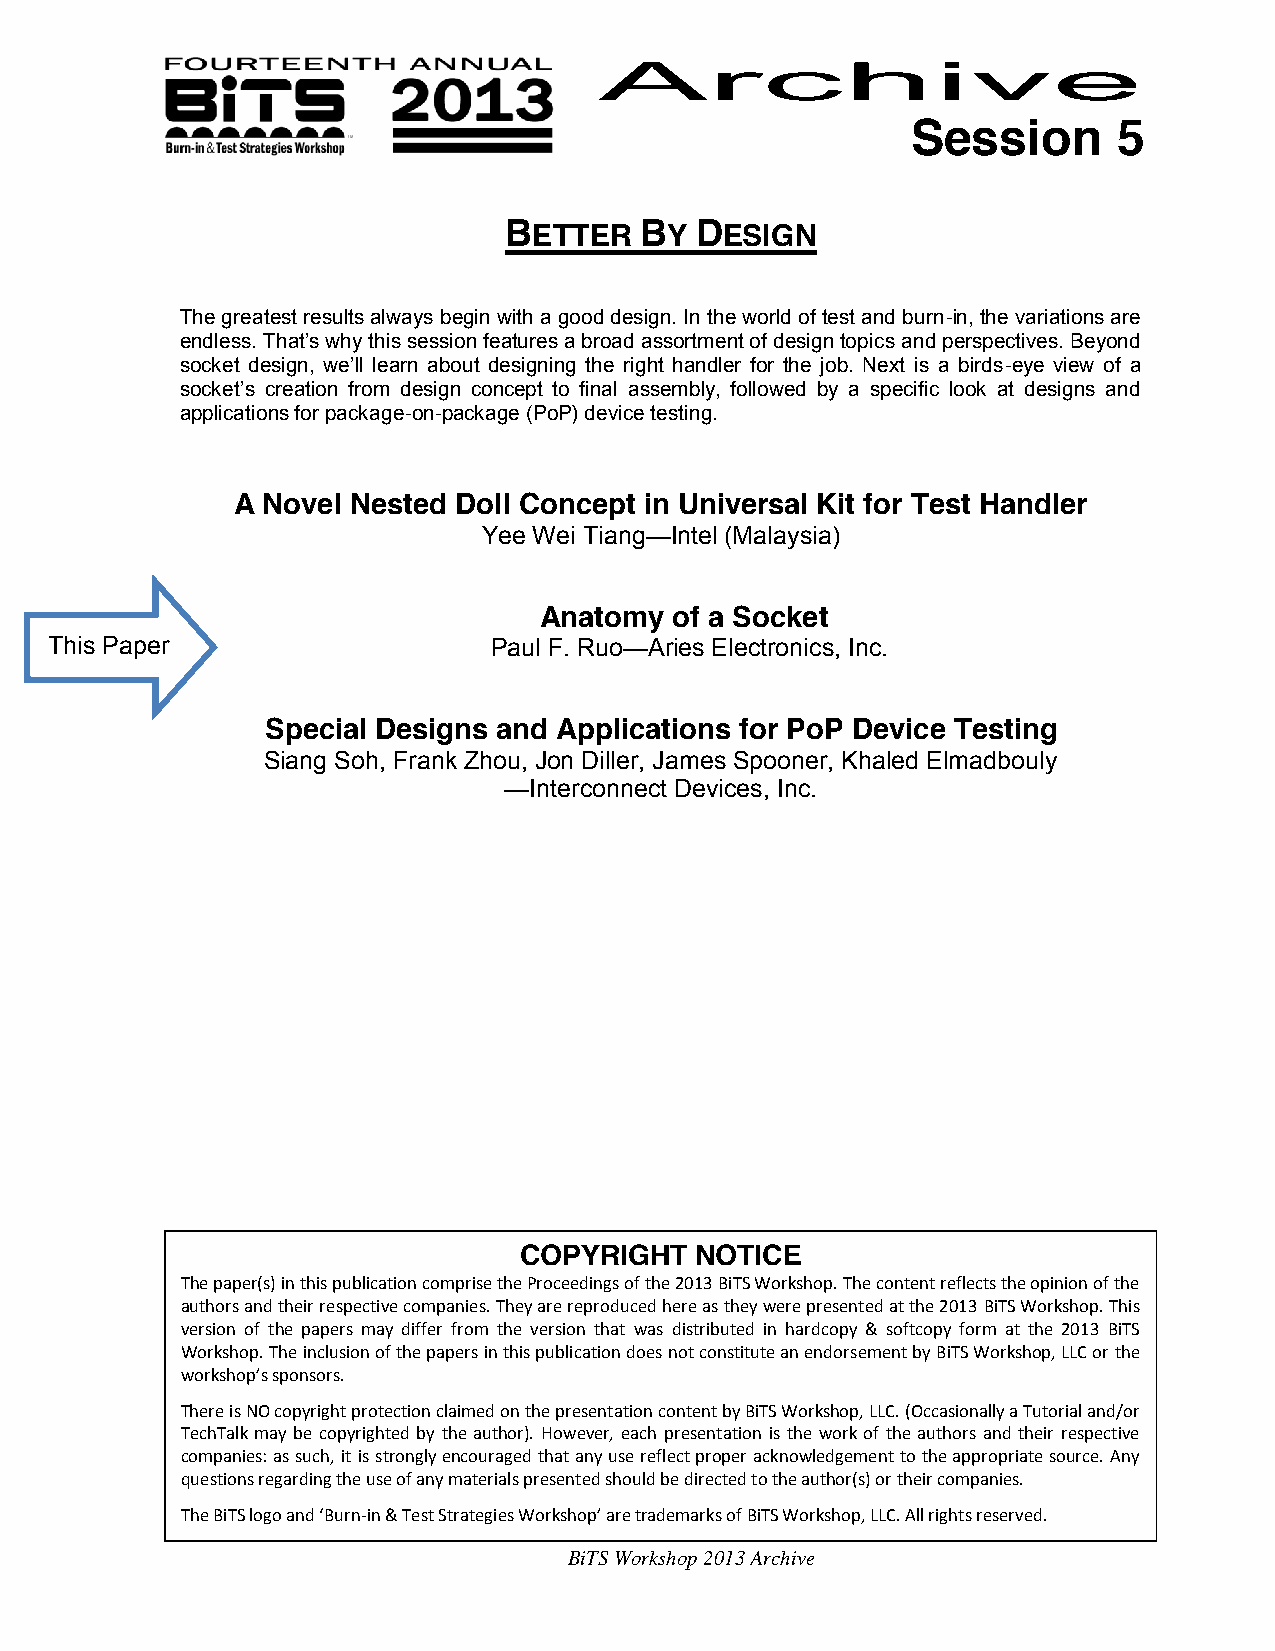
Session       5
 BETTER   BY  DESIGN
 The greatest results always begin with a good design. In the world of test and burn-in, the variations are
 endless. That’s why this session features a broad assortment of design topics and perspectives. Beyond
 socket design, we’ll learn about designing the right handler for the job. Next is a birds-eye view of a
 socket’s creation from design concept to final assembly, followed by a specific look at designs and
 applications for package-on-package (PoP) device testing.
 A Novel Nested Doll Concept in Universal Kit for Test Handler
 Yee Wei Tiang—Intel (Malaysia)
 Anatomy  of a Socket
 This Paper                   Paul F. Ruo—Aries Electronics, Inc.
 Special Designs and Applications for PoP Device Testing
 Siang Soh, Frank Zhou, Jon Diller, James Spooner, Khaled Elmadbouly
 —Interconnect Devices, Inc.
 COPYRIGHT   NOTICE
 The paper(s) in this publication comprise the Proceedings of the 2013 BiTS Workshop. The content reflects the opinion of the
 authors and their respective companies. They are reproduced here as they were presented at the 2013 BiTS Workshop. This
 version of the papers may differ from the version that was distributed in hardcopy & softcopy form at the 2013 BiTS
 Workshop. The inclusion of the papers in this publication does not constitute an endorsement by BiTS Workshop, LLC or the
 workshop’s sponsors.
 There is NO copyright protection claimed on the presentation content by BiTS Workshop, LLC. (Occasionally a Tutorial and/or
 TechTalk may be copyrighted by the author). However, each presentation is the work of the authors and their respective
 companies: as such, it is strongly encouraged that any use reflect proper acknowledgement to the appropriate source. Any
 questions regarding the use of any materials presented should be directed to the author(s) or their companies.
 The BiTS logo and ‘Burn-in & Test Strategies Workshop’ are trademarks of BiTS Workshop, LLC. All rights reserved.
 BiTS Workshop 2013 Archive